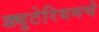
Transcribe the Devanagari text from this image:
ड्युटेरियमचे